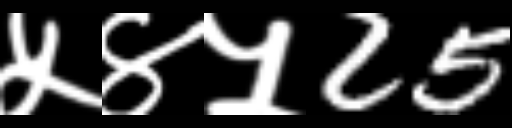
Text: ५४५25